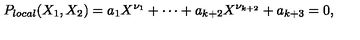
P _ { l o c a l } ( X _ { 1 } , X _ { 2 } ) = a _ { 1 } X ^ { \nu _ { 1 } } + \cdots + a _ { k + 2 } X ^ { \nu _ { k + 2 } } + a _ { k + 3 } = 0 ,